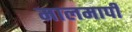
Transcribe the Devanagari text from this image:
मालमापी